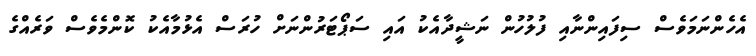
އެހެންނަމަވެސް ސިފައިންނާއި ފުލުހުން ނަޝީދާއެކު އައި ސަޕޯޓަރުންނަށް ހުރަސް އެޅުމާއެކު ކޮންމެވެސް ވަރެއްގެ